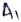
Text: A1